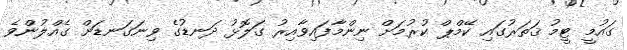
ގައުމީ ޓީމު ޤަތަރުގައި ކޭމްޕް ކުރުމަށް ނިންމާފައިވާއިރު ގަލޮޅު ދަނޑުގެ ވިނަގަނޑަށް ގެއްލުންވެ